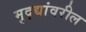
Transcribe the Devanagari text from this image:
मुद्द्यांवरील